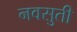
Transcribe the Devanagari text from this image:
नवसुती